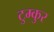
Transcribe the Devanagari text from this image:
टुम्कुर